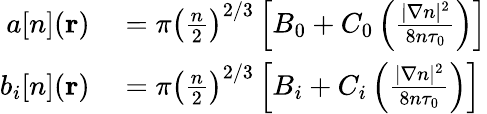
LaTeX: \begin{array}{rl}{a[n](\mathbf{r})}&{{}=\pi\left(\frac{n}{2}\right)^{2/3}\left[B_{0}+C_{0}\left(\frac{|\nabla n|^{2}}{8n\tau_{0}}\right)\right]}\\ {b_{i}[n](\mathbf{r})}&{{}=\pi\left(\frac{n}{2}\right)^{2/3}\left[B_{i}+C_{i}\left(\frac{|\nabla n|^{2}}{8n\tau_{0}}\right)\right]}\end{array}